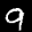
Label: 9